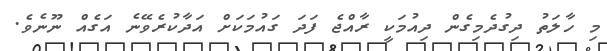
މި ހާލަތު ދިގުދެމިގެން ދިއުމަކީ ރާއްޖެ ފަދަ ގައުމަކަށް އަދާކުރެވޭނެ އަގެއް ނޫނެވެ.